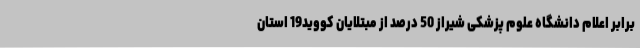
برابر اعلام دانشگاه علوم پزشکی شیراز 50 درصد از مبتلایان کووید19 استان